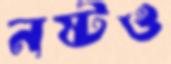
নষ্টও